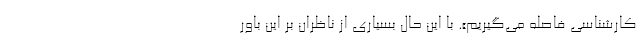
کارشناسی فاصله می‌گیریم». با این حال بسیاری از ناظران بر این باور